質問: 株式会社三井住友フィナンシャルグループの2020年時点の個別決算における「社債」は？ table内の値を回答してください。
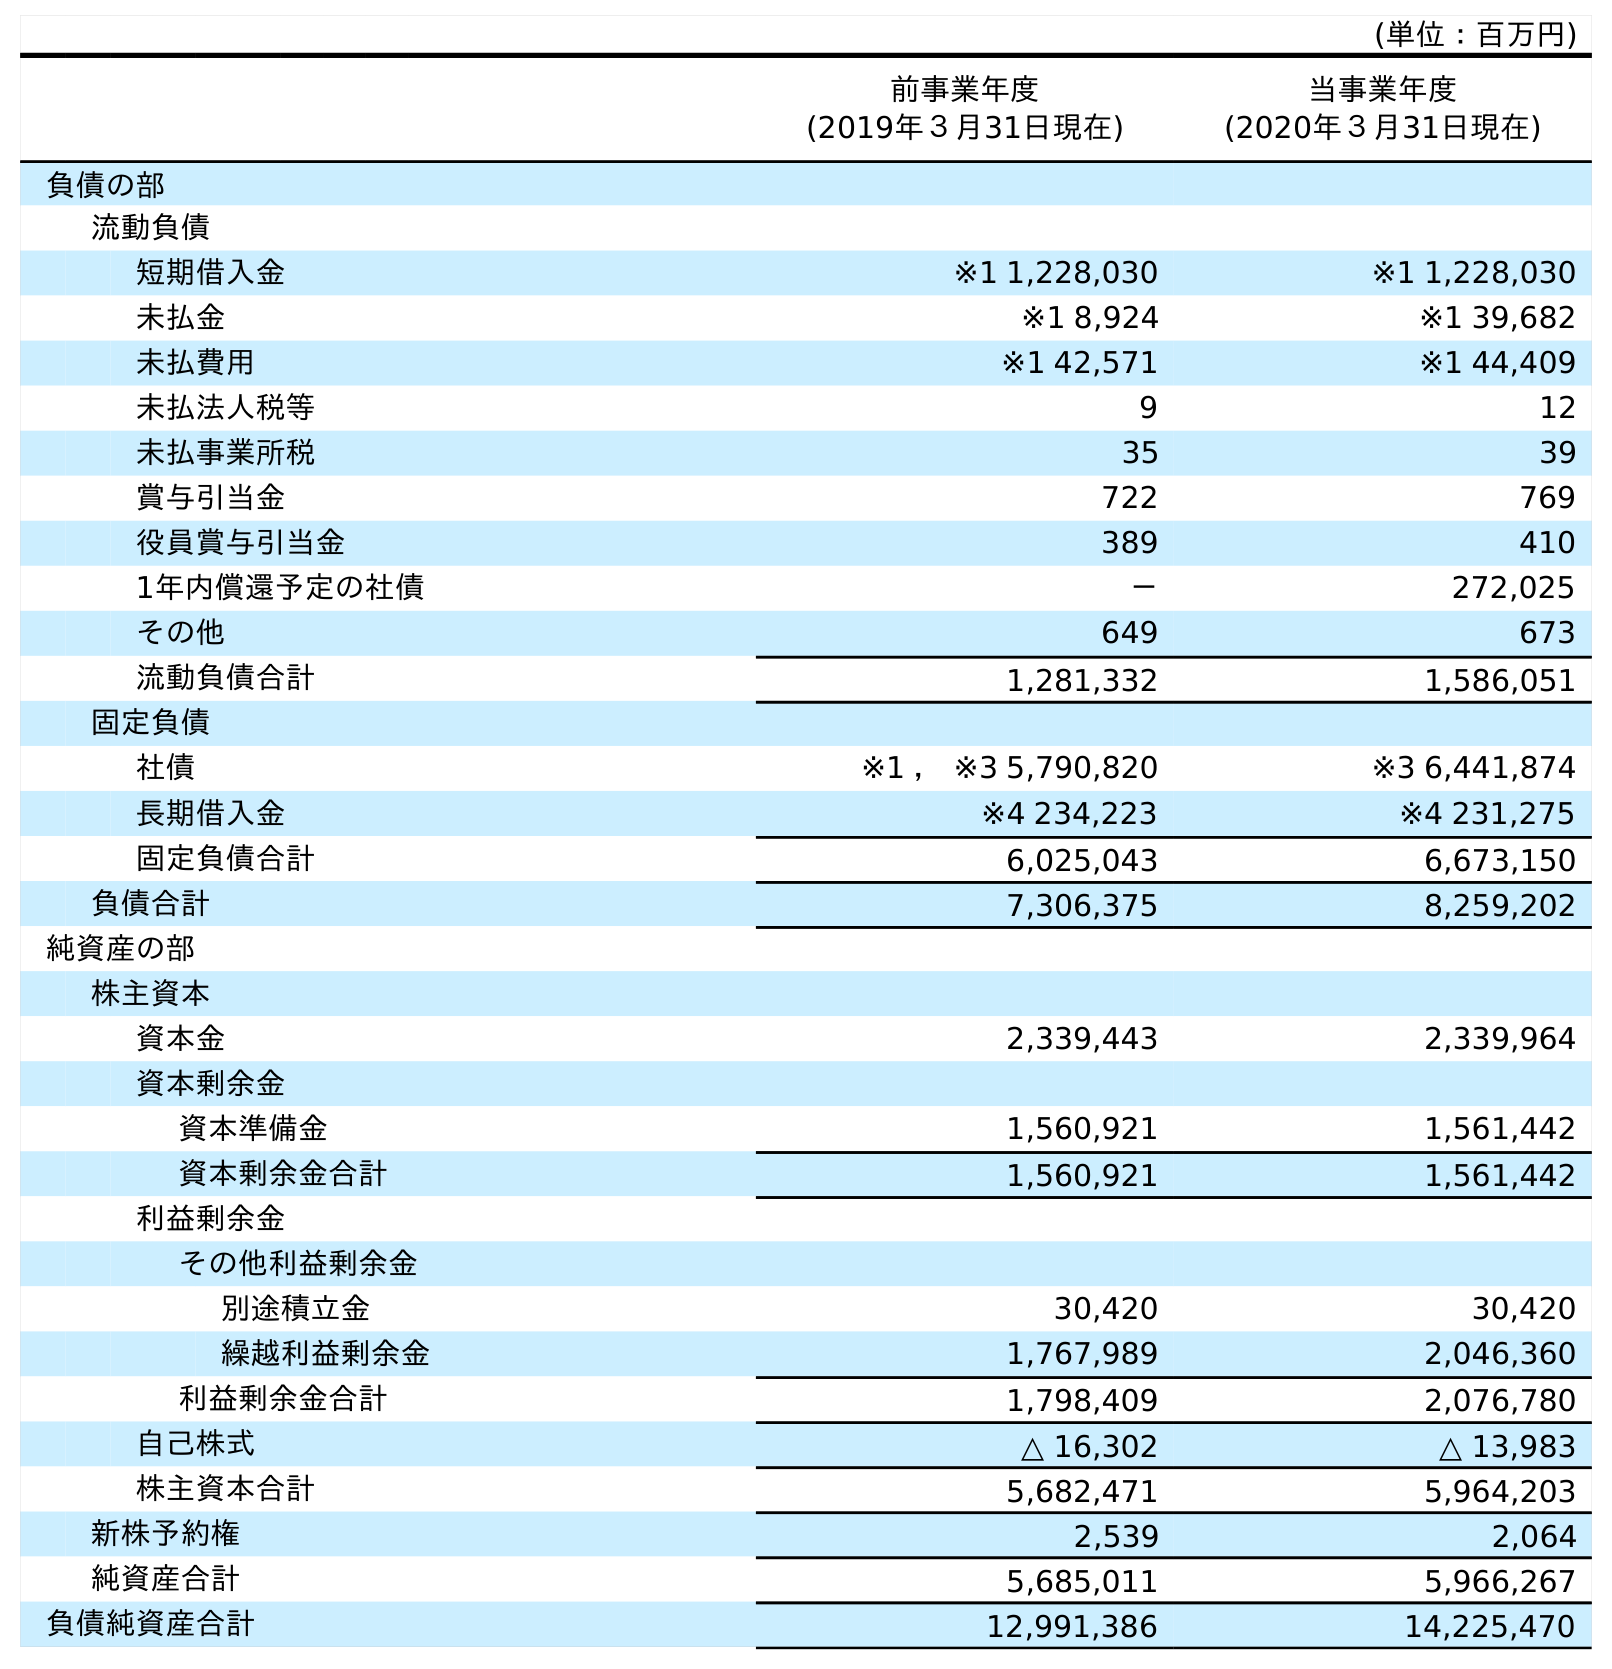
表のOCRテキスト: (単位：百万円) 前事業年度 (2019年３月31日現在) 当事業年度 (2020年３月31日現在) 負債の部 流動負債 短期借入金 ※1 1,228,030 ※1 1,228,030 未払金 ※1 8,924 ※1 39,682 未払費用 ※1 42,571 ※1 44,409 未払法人税等 9 12 未払事業所税 35 39 賞与引当金 722 769 役員賞与引当金 389 410 1年内償還予定の社債 － 272,025 その他 649 673 流動負債合計 1,281,332 1,586,051 固定負債 社債 ※1 ， ※3 5,790,820 ※3 6,441,874 長期借入金 ※4 234,223 ※4 231,275 固定負債合計 6,025,043 6,673,150 負債合計 7,306,375 8,259,202 純資産の部 株主資本 資本金 2,339,443 2,339,964 資本剰余金 資本準備金 1,560,921 1,561,442 資本剰余金合計 1,560,921 1,561,442 利益剰余金 その他利益剰余金 別途積立金 30,420 30,420 繰越利益剰余金 1,767,989 2,046,360 利益剰余金合計 1,798,409 2,076,780 自己株式 △ 16,302 △ 13,983 株主資本合計 5,682,471 5,964,203 新株予約権 2,539 2,064 純資産合計 5,685,011 5,966,267 負債純資産合計 12,991,386 14,225,470
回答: ※36,441,874